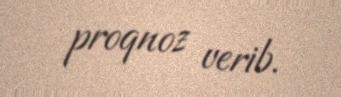
proqnoz verib.